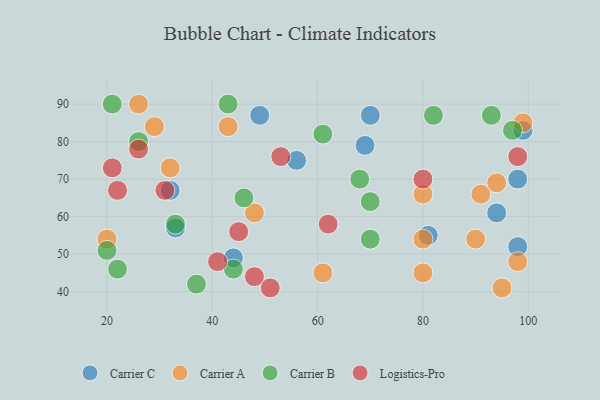
{"axis": {"x": "GDP", "y": "Life Expectancy"}, "legend": ["Carrier A", "Carrier B", "Carrier C", "Logistics-Pro"], "data": [{"x": "94", "y": 61, "type": "Carrier C"}, {"x": "70", "y": 87, "type": "Carrier C"}, {"x": "81", "y": 55, "type": "Carrier C"}, {"x": "49", "y": 87, "type": "Carrier C"}, {"x": "44", "y": 49, "type": "Carrier C"}, {"x": "98", "y": 70, "type": "Carrier C"}, {"x": "69", "y": 79, "type": "Carrier C"}, {"x": "98", "y": 52, "type": "Carrier C"}, {"x": "56", "y": 75, "type": "Carrier C"}, {"x": "32", "y": 67, "type": "Carrier C"}, {"x": "99", "y": 83, "type": "Carrier C"}, {"x": "33", "y": 57, "type": "Carrier C"}, {"x": "61", "y": 45, "type": "Carrier A"}, {"x": "91", "y": 66, "type": "Carrier A"}, {"x": "26", "y": 90, "type": "Carrier A"}, {"x": "32", "y": 73, "type": "Carrier A"}, {"x": "43", "y": 84, "type": "Carrier A"}, {"x": "48", "y": 61, "type": "Carrier A"}, {"x": "29", "y": 84, "type": "Carrier A"}, {"x": "80", "y": 66, "type": "Carrier A"}, {"x": "90", "y": 54, "type": "Carrier A"}, {"x": "80", "y": 45, "type": "Carrier A"}, {"x": "80", "y": 54, "type": "Carrier A"}, {"x": "99", "y": 85, "type": "Carrier A"}, {"x": "98", "y": 48, "type": "Carrier A"}, {"x": "94", "y": 69, "type": "Carrier A"}, {"x": "95", "y": 41, "type": "Carrier A"}, {"x": "20", "y": 54, "type": "Carrier A"}, {"x": "20", "y": 51, "type": "Carrier B"}, {"x": "22", "y": 46, "type": "Carrier B"}, {"x": "43", "y": 90, "type": "Carrier B"}, {"x": "21", "y": 90, "type": "Carrier B"}, {"x": "46", "y": 65, "type": "Carrier B"}, {"x": "93", "y": 87, "type": "Carrier B"}, {"x": "44", "y": 46, "type": "Carrier B"}, {"x": "70", "y": 64, "type": "Carrier B"}, {"x": "26", "y": 80, "type": "Carrier B"}, {"x": "61", "y": 82, "type": "Carrier B"}, {"x": "33", "y": 58, "type": "Carrier B"}, {"x": "97", "y": 83, "type": "Carrier B"}, {"x": "82", "y": 87, "type": "Carrier B"}, {"x": "68", "y": 70, "type": "Carrier B"}, {"x": "37", "y": 42, "type": "Carrier B"}, {"x": "70", "y": 54, "type": "Carrier B"}, {"x": "21", "y": 73, "type": "Logistics-Pro"}, {"x": "26", "y": 78, "type": "Logistics-Pro"}, {"x": "45", "y": 56, "type": "Logistics-Pro"}, {"x": "22", "y": 67, "type": "Logistics-Pro"}, {"x": "31", "y": 67, "type": "Logistics-Pro"}, {"x": "48", "y": 44, "type": "Logistics-Pro"}, {"x": "62", "y": 58, "type": "Logistics-Pro"}, {"x": "98", "y": 76, "type": "Logistics-Pro"}, {"x": "53", "y": 76, "type": "Logistics-Pro"}, {"x": "51", "y": 41, "type": "Logistics-Pro"}, {"x": "80", "y": 70, "type": "Logistics-Pro"}, {"x": "41", "y": 48, "type": "Logistics-Pro"}]}